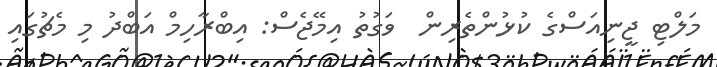
މަލްޓި ޖީނިއަސްގެ ކުޅުންތެރިން  ވަގުތު އިމޭޖެސް: އިބްރާހިމް އަބްދު މި މެޗުގައި